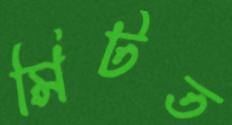
মিটত